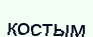
қостым